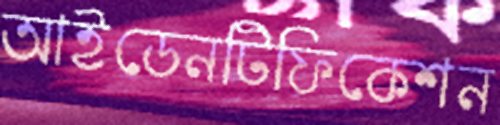
আইডেনটিফিকেশন